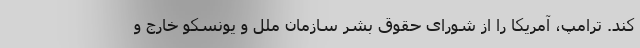
کند. ترامپ، آمریکا را از شورای حقوق بشر سازمان ملل و یونسکو خارج و